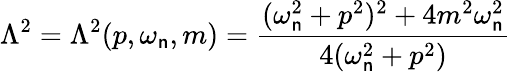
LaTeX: \Lambda^{2}=\Lambda^{2}(p,\omega_{\mathsf{n}},m)=\frac{{(\omega_{\mathsf{n}}^{2}+p^{2})^{2}+4m^{2}\omega_{\mathsf{n}}^{2}}}{{4(\omega_{\mathsf{n}}^{2}+p^{2})}}